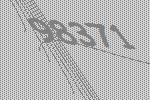
98371